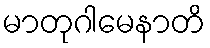
မာတုဂါမေနာတိ